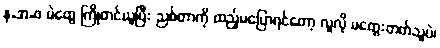
န.အ.ဖ မဲတွေ ကြိုတင်ယူပြီး ညစ်တာကို ထည့်မပြောရင်တော့ လူလို မတွေးတတ်သူပဲ၊